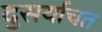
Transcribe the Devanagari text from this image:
दुसर्याचत